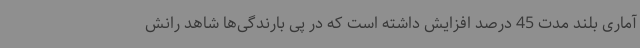
آماری بلند مدت 45 درصد افزایش داشته است که در پی بارندگی‌ها شاهد رانش